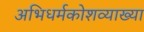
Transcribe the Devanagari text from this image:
अभिधर्मकोशव्याख्या